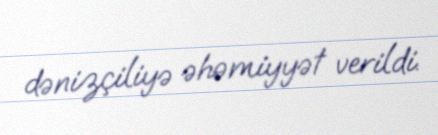
dənizçiliyə əhəmiyyət verildi.